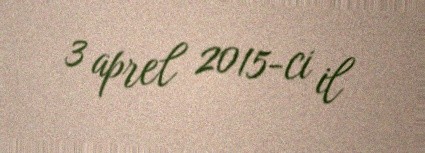
3 aprel 2015-ci il